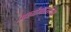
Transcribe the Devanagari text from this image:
अय्यंगारांच्या